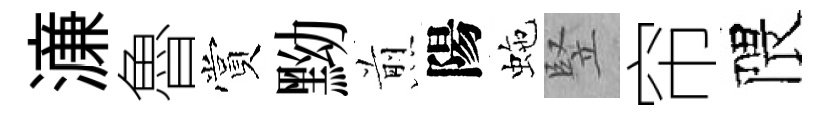
濓魯賞黝煎陽虵竪帘隈